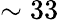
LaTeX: \sim 33